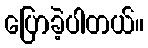
ပြောခဲ့ပါတယ်။